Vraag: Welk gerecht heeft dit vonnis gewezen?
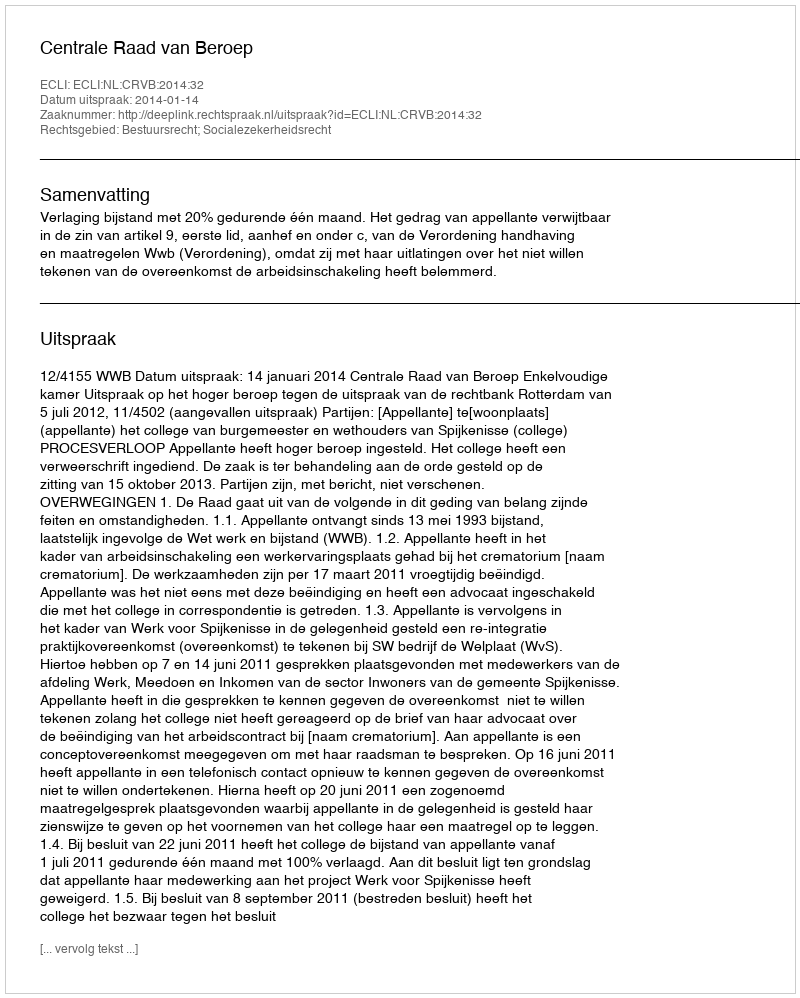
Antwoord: Centrale Raad van Beroep